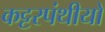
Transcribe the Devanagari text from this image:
कट्टरपंथीयों